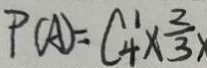
P ( A ) = C ^ { 1 } _ { 4 } \times \frac { 2 } { 3 } \times